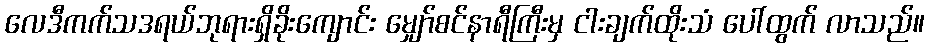
လေဒီကက်သဒရယ်ဘုရားရှိခိုးကျောင်း မျှော်စင်နာရီကြီးမှ ငါးချက်ထိုးသံ ပေါ်ထွက် လာသည်။